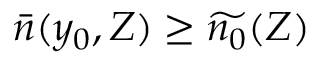
\bar { n } ( y _ { 0 } , Z ) \ge \widetilde { n _ { 0 } } ( Z )